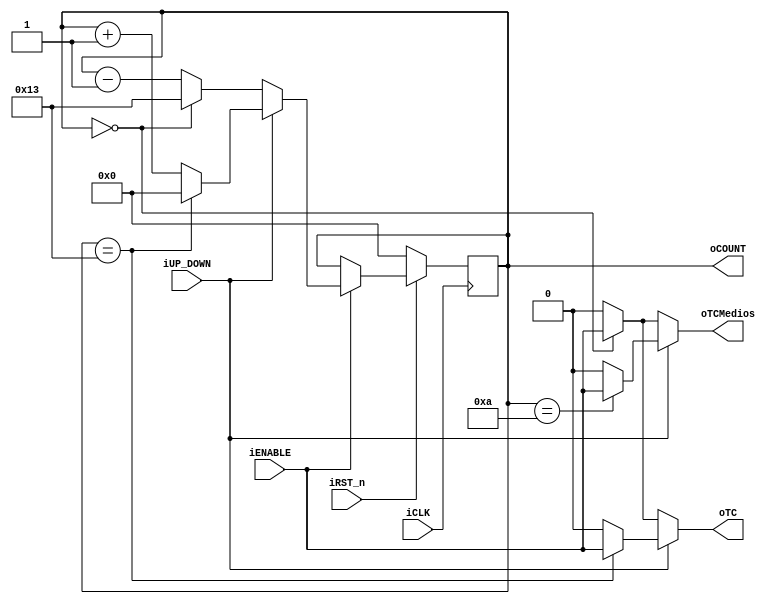
// --------------------------------------------------------------------
// Universitat Politcnica de Valncia
// Escuela Tcnica Superior de Ingenieros de Telecomunicacin
// --------------------------------------------------------------------
// Sistemas Digitales Programables
// Curso 2021 - 2022
// --------------------------------------------------------------------
// Nombre del archivo: contador.v
//
// Descripcin: Este cdigo Verilog implementa un contador parametrizable de n bits 
// (de mayor a menor o de menor a mayor) con la siguiente funcionalidad de sus entradas y salidas:
// 1. iCLK, Reloj activo por flanco de subida.
// 2. iRST_n, Reset activo a nivel bajo.
// 3.	iENABLE, Contador en OFF (nivel bajo) o ON (nivel alto)
//	4. iUP_DOWN, Si es 1 cuenta de menor a mayor y si es 0 al revs
//	5. oCOUNT, valor de la cuenta
//	6. oTC, indica cuando la cuenta llega al final (depende de iUP_DOWN)
// --------------------------------------------------------------------
// Versin: V1.0 | Fecha Modificacin: 23/02/2022
//
// Autor: Carlos Tejedo Fuster
// Ordenador de trabajo: Personal
//
// --------------------------------------------------------------------

module contador (iCLK, iRST_n, iENABLE, iUP_DOWN, oCOUNT, oTC, oTCMedios);

	//Declaracin de parmetros
	parameter fin_cuenta = 20; //Hasta donde hay que contar
	parameter n = $clog2(fin_cuenta-1); //Calculo bits necesarios
	
	//Declaracion de entradas y salidas
	input iCLK, iRST_n, iENABLE, iUP_DOWN;
	output reg [n-1:0] oCOUNT;
	output oTC,oTCMedios;
	
	//process
	always @(posedge iCLK)
	begin
		if (!iRST_n)			// Si iRST_n esta a 0, oCOunt ser cero y el contador no funcionara
			oCOUNT <= 0;
		else if (iENABLE)		//Si iRST_n y iENABLE son 1 se ejecuta lo siguiente 
			begin
			if (iUP_DOWN)		//Si iUP_DOWN es 1, contara hacia arriba
				begin
				if(oCOUNT == fin_cuenta-1) //Si ha llegado al final volver al 0
					oCOUNT <= 0;
				else
					oCOUNT <= oCOUNT + 1; //Si no ha llegado sumara uno al valor anterior
				end
			else						//Si iUP_DOWN es 0, contara hacia bajo
				begin
				if(oCOUNT == 0)	//Si ha llegado al final, 0 en este caso, pasara al numero mayor
					oCOUNT <= fin_cuenta-1;
				else					//Si no ha llegado, restara uno
				
					oCOUNT <= oCOUNT -1;
				end
			end
				
	end
	
//La asignacion que hay a continuacion evalua hacia donde cuenta el contador para determinar si ha llegado
//al final de la cuenta. Si lo ha hecho, le asignara a oTC el valor de iENABLE. 
	
	assign oTC = (iUP_DOWN)? ((oCOUNT == (fin_cuenta-1))? iENABLE :0) : ((oCOUNT == 0)? iENABLE : 0);
	assign oTCMedios = (iUP_DOWN)? ((oCOUNT == (fin_cuenta/2))? iENABLE :0) : ((oCOUNT == 0)? iENABLE : 0);
endmodule